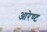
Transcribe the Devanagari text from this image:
आरेण्ट